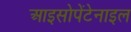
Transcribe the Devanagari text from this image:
आइसोपेंटेनाइल